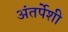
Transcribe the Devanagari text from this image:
अंतर्पेशी